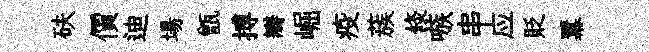
砆價迪場甑搏瓣崛疫蔟倐嗾串应貶羃